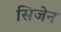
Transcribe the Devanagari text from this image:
सिजेन